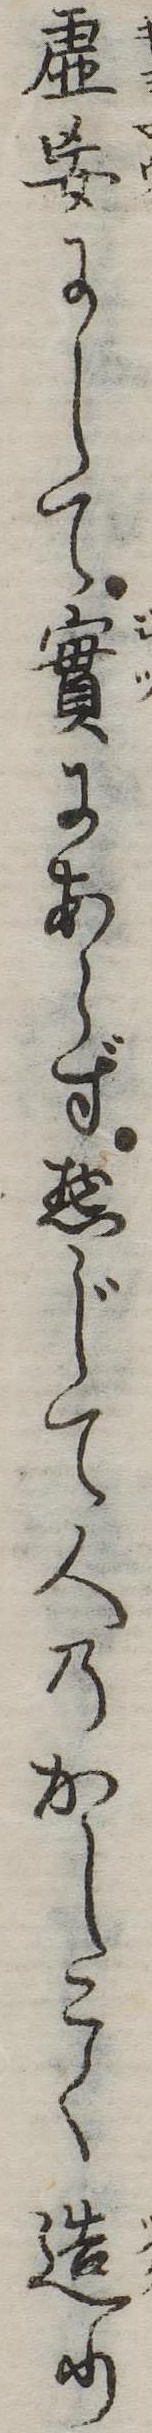
虚妄にして実にあらず惣じて人のかしこく造り